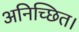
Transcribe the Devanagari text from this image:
अनिच्छित।